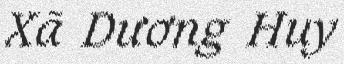
Xã Dương Huy